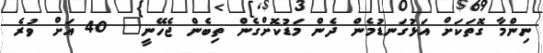
ނިންމާ ގޮތަކަށް އަޅުގަނޑުމެން ދެން މަޑުކޮށްގެން ތިބެން ޖެހޭނީ" 40 އަށް ވުރެ